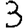
Digit: 3